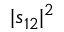
| s _ { 1 2 } | ^ { 2 }